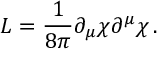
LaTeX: { \cal L } = \frac { 1 } { 8 \pi } \partial _ { \mu } \chi \partial ^ { \mu } \chi \, .